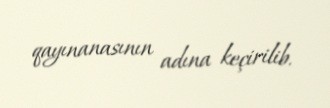
qayınanasının adına keçirilib.